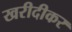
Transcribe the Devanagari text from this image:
खरीदीकर